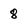
Character: 8